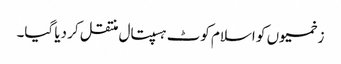
زخمیوں کو اسلام کوٹ ہسپتال منتقل کر دیا گیا۔